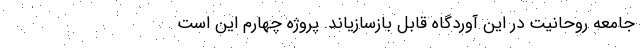
جامعه روحانیت در این آوردگاه قابل بازسازیاند. پروژه چهارم این است